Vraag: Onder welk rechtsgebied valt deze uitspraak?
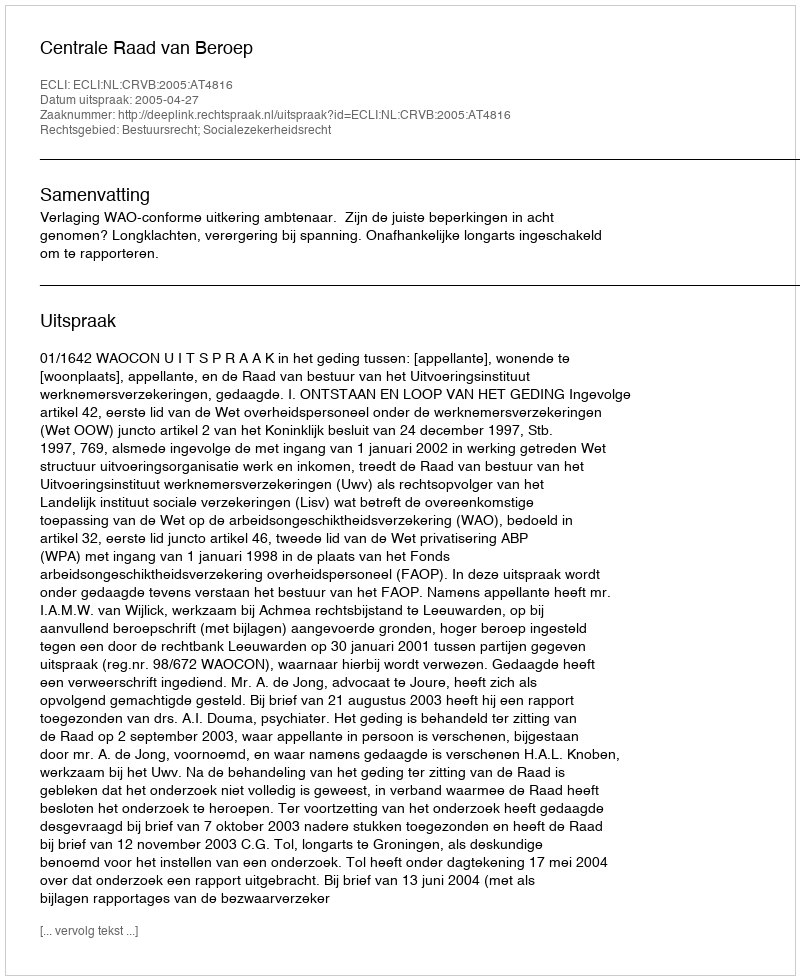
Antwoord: Bestuursrecht; Socialezekerheidsrecht